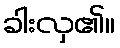
ခါးလှ၏။